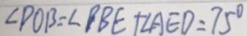
\angle P O B = \angle D B E + \angle A E D = 7 5 ^ { \circ }